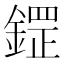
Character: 鎠